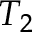
T _ { 2 }